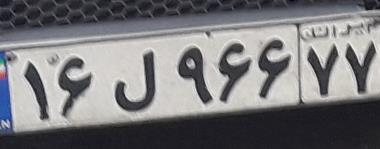
۱۶ل۹۶۶۷۷